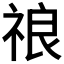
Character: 𱵒